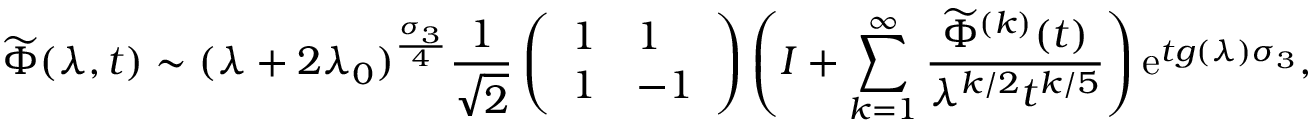
\widetilde { \Phi } ( \lambda , t ) \sim ( \lambda + 2 \lambda _ { 0 } ) ^ { \frac { \sigma _ { 3 } } { 4 } } \frac { 1 } { \sqrt { 2 } } \left( \begin{array} { l l } { 1 } & { 1 } \\ { 1 } & { - 1 } \end{array} \right) \left( I + \sum _ { k = 1 } ^ { \infty } \frac { \widetilde { \Phi } ^ { ( k ) } ( t ) } { \lambda ^ { k / 2 } t ^ { k / 5 } } \right) \mathrm { e } ^ { t g ( \lambda ) \sigma _ { 3 } } ,